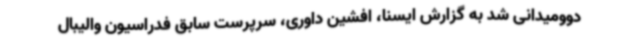
دوومیدانی شد به گزارش ایسنا، افشین داوری، سرپرست سابق فدراسیون والیبال